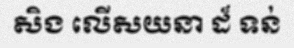
សិង លើសយនា ដ៏ ទន់